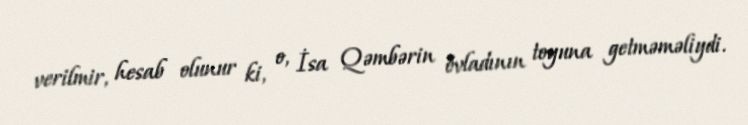
verilmir, hesab olunur ki, o, İsa Qəmbərin övladının toyuna getməməliydi.